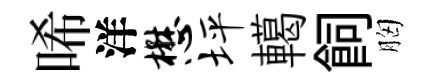
唏洋懋坪轕飼胸